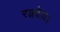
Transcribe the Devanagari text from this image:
रत्नदेव।